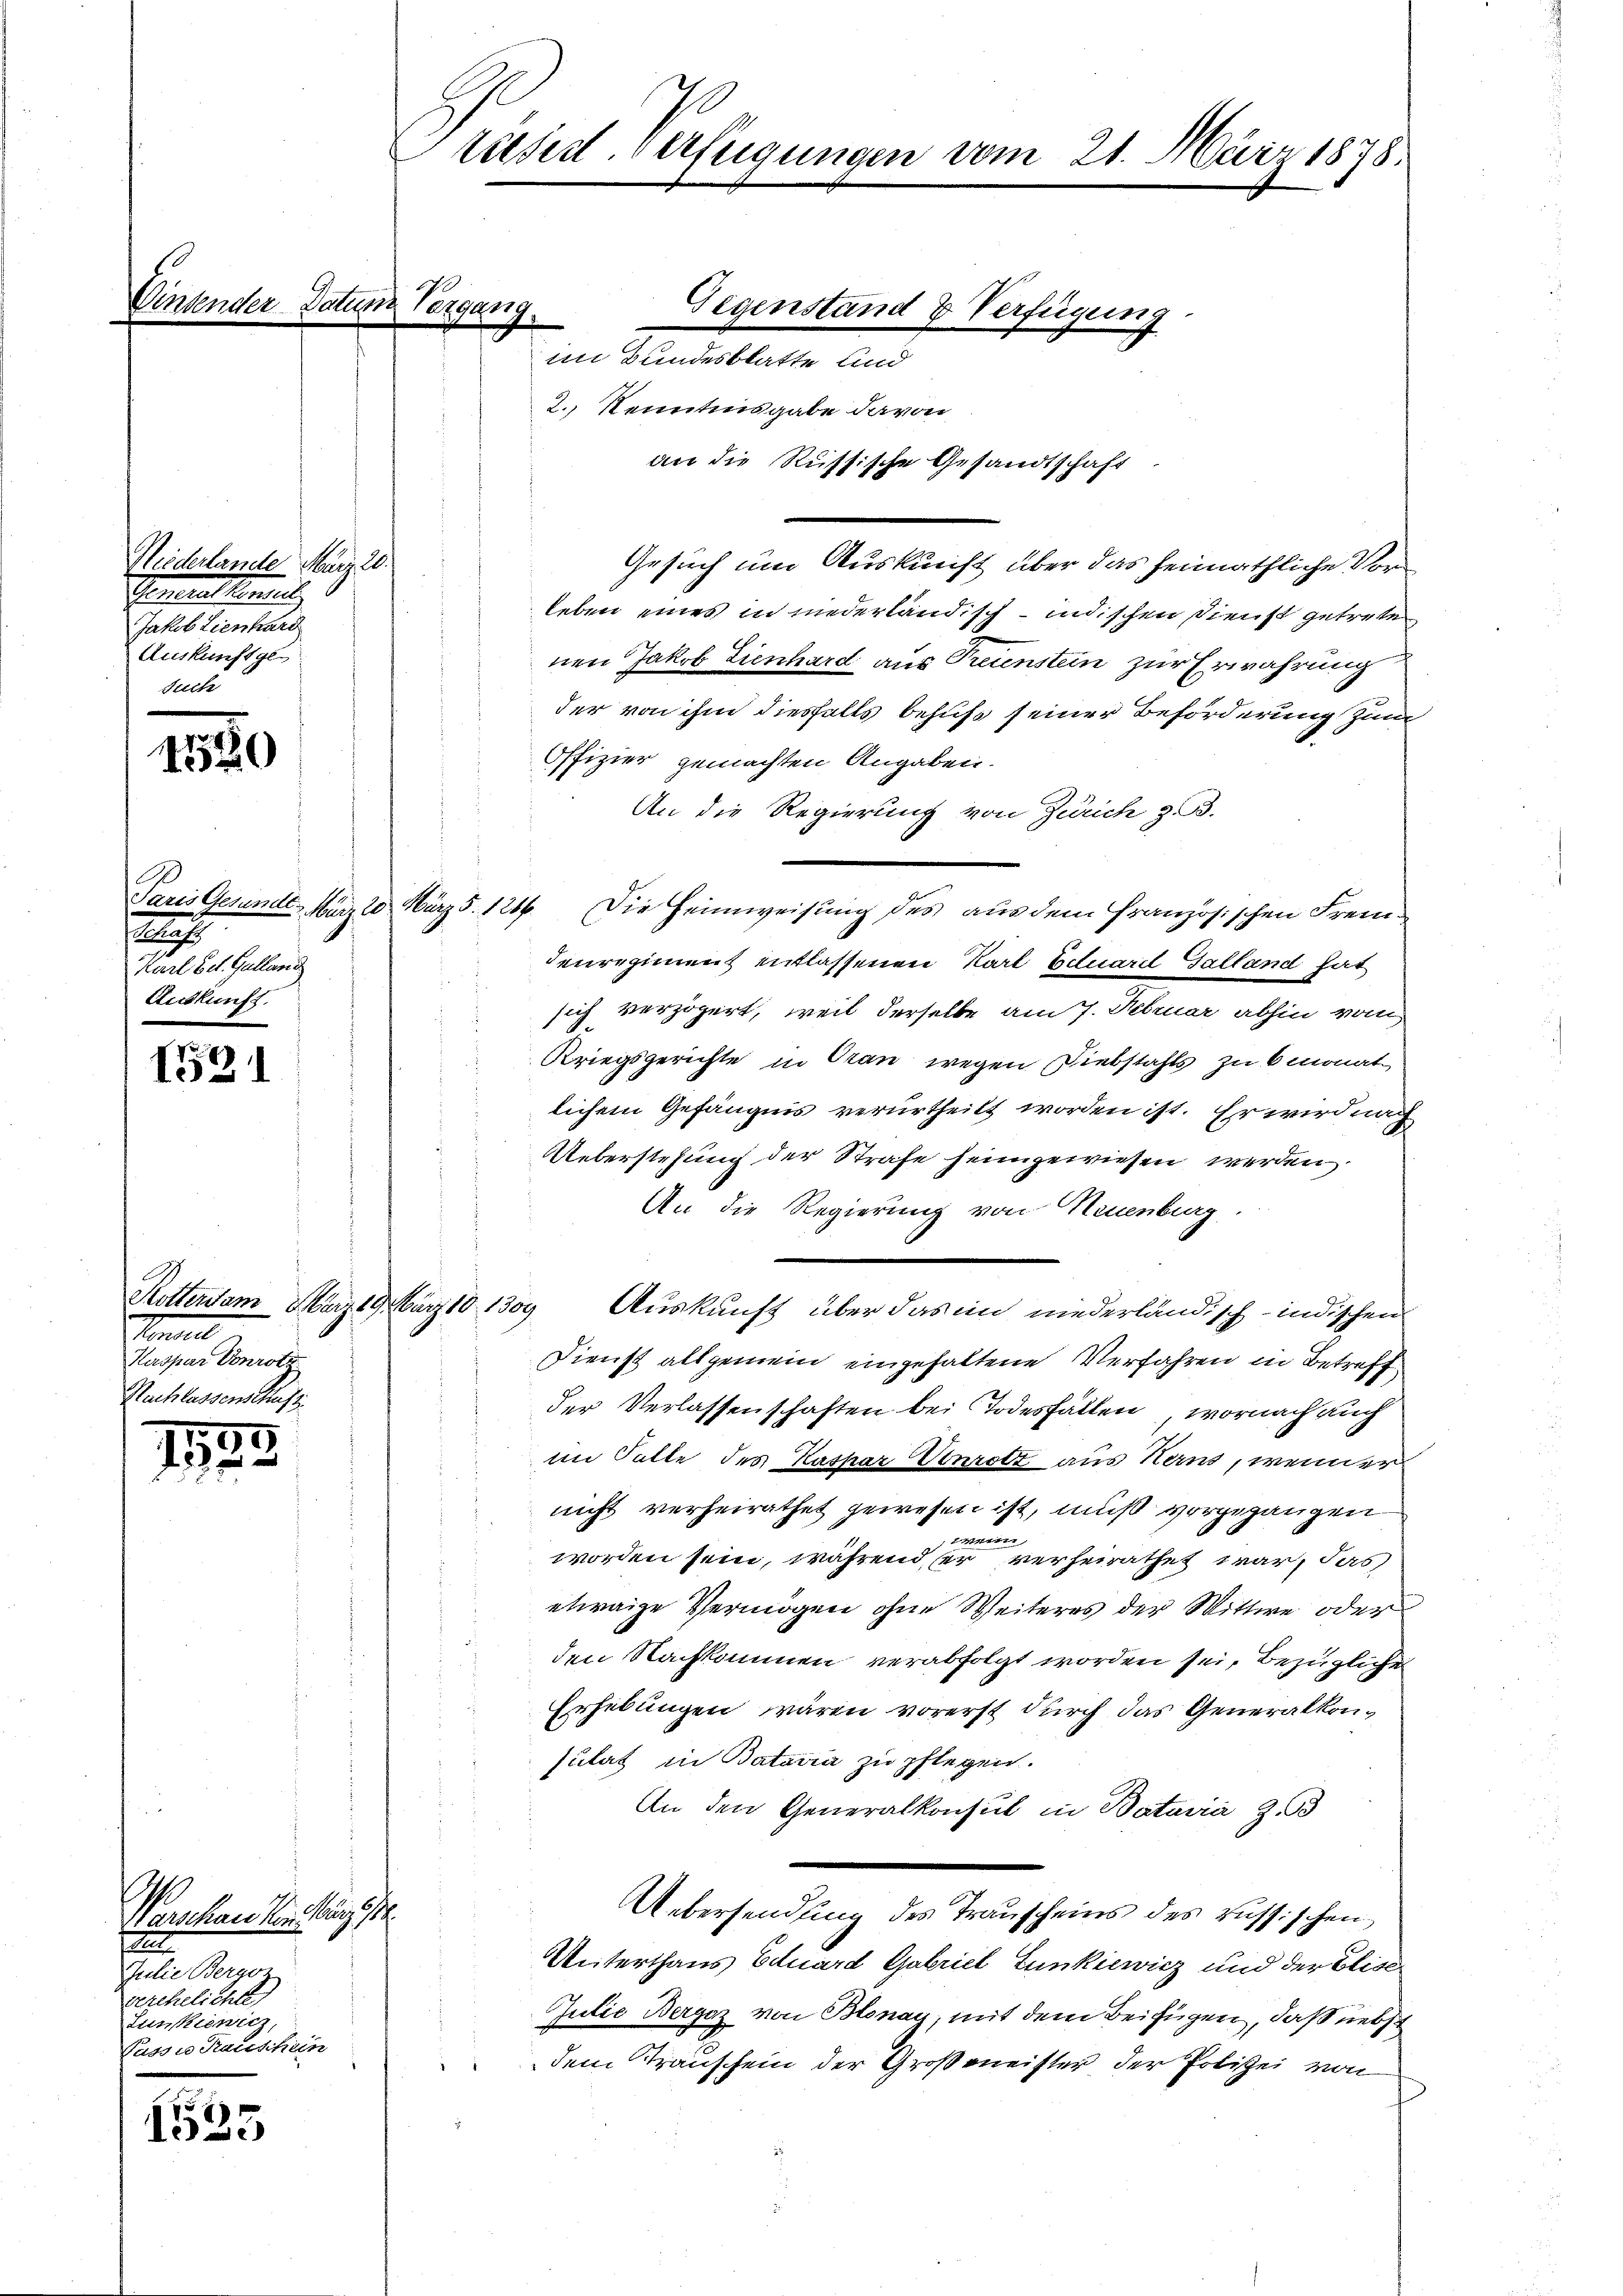
Inaender Datum Vergang.

Niederlande März 20.
Gemein eine
Jakob Lienhard
Auskunft ge-
such

1580

A
Karl bet. Galland
Auskunft.

1531

Rotten am März 19. März 18 1309
Hotel
Kaspar Vonrotz
Nachlassenschaft

55
175

Warschausendung ist.
1
Julie Berarz
verehelichte
Lunkiewicz,
Passis Tauschein

1525

räsid. Verfügungen vom 21. März 1878.

im Bundesblatte und
2.) Kenntnisgabe davon
Gesuch um Auskunft über das heimathliche Vorleben eines in niederländisch indischen Dienst getrete
nen Jakob Zienhard aus Freunstein zur Erwährung
der von ihm diesfalls behuf seiner Beförderung zum
Offizier gemachten Angaben.
An die Regierung von Zürich z. B.
Paris Gesunde März 20 März 5. 1216. Die Heimweisung des aus dem französischen Fremdenregiment entlassenen Karl Eduard Galland hat
 sich verzögert, weil derselbe am 7. Februar abhin vom
Kriegsgerichte in Oran wegen Diebstahls zu 6 monat,
lichem Gefängnis verurtheilt worden ist. Er wird nach
Ueberstehung der Strafe heimgewiesen werden.
An die Regierung von Neuenburg.
Auskunft über das im niederländisch-indischen
Dienst allgemein eingehaltene Verfahren in Betreff
der Verlassenschaften bei Todesfällen, wornach auch
im Falle des Kaspar Vonrotz aus Kern, wenn er
.
nicht verheirathet gewesen ist, muß vorgegangen
4
F
worden sein, während sei verheirathet war, das
etwaige Vermögen ohne Weiteres der Wittwe oder
den Nachkommen verabfolgt worden sei, bezügliche
Erhebungen wären vorerst durch das Generalkonsulat in Bataria zu pflegen.
An den Generalkonsul in Batavia Z
Uebersendung des Trauscheins des russischen
Unterthans Eduard Gabriel Lunkiewicz und der Elise
Julie Bergaz von Blonay, mit dem Beifügen, daß nebst
dem Trauschein der Großmeister der Polizei von

Gegenstand & Verfügung.
an die Russische Gesandtschaft